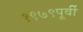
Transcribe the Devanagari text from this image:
१९७९पूर्वी